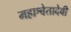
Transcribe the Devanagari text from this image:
महाश्वेतादेवी